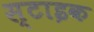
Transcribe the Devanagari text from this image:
स्टाइक